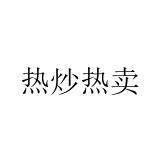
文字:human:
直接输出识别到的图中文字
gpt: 热炒热卖